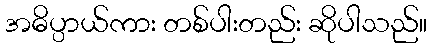
အဓိပ္ပာယ်ကား တစ်ပါးတည်း ဆိုပါသည်။